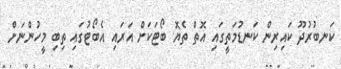
ކަނބުރުދޫ ކައިރިން ކަނޑުމަތީގައި އޮތް ތެޔޮ ބޯޓަކަށް އަރައި އެބޯޓުގައި ތިބި މީހުންނަށް